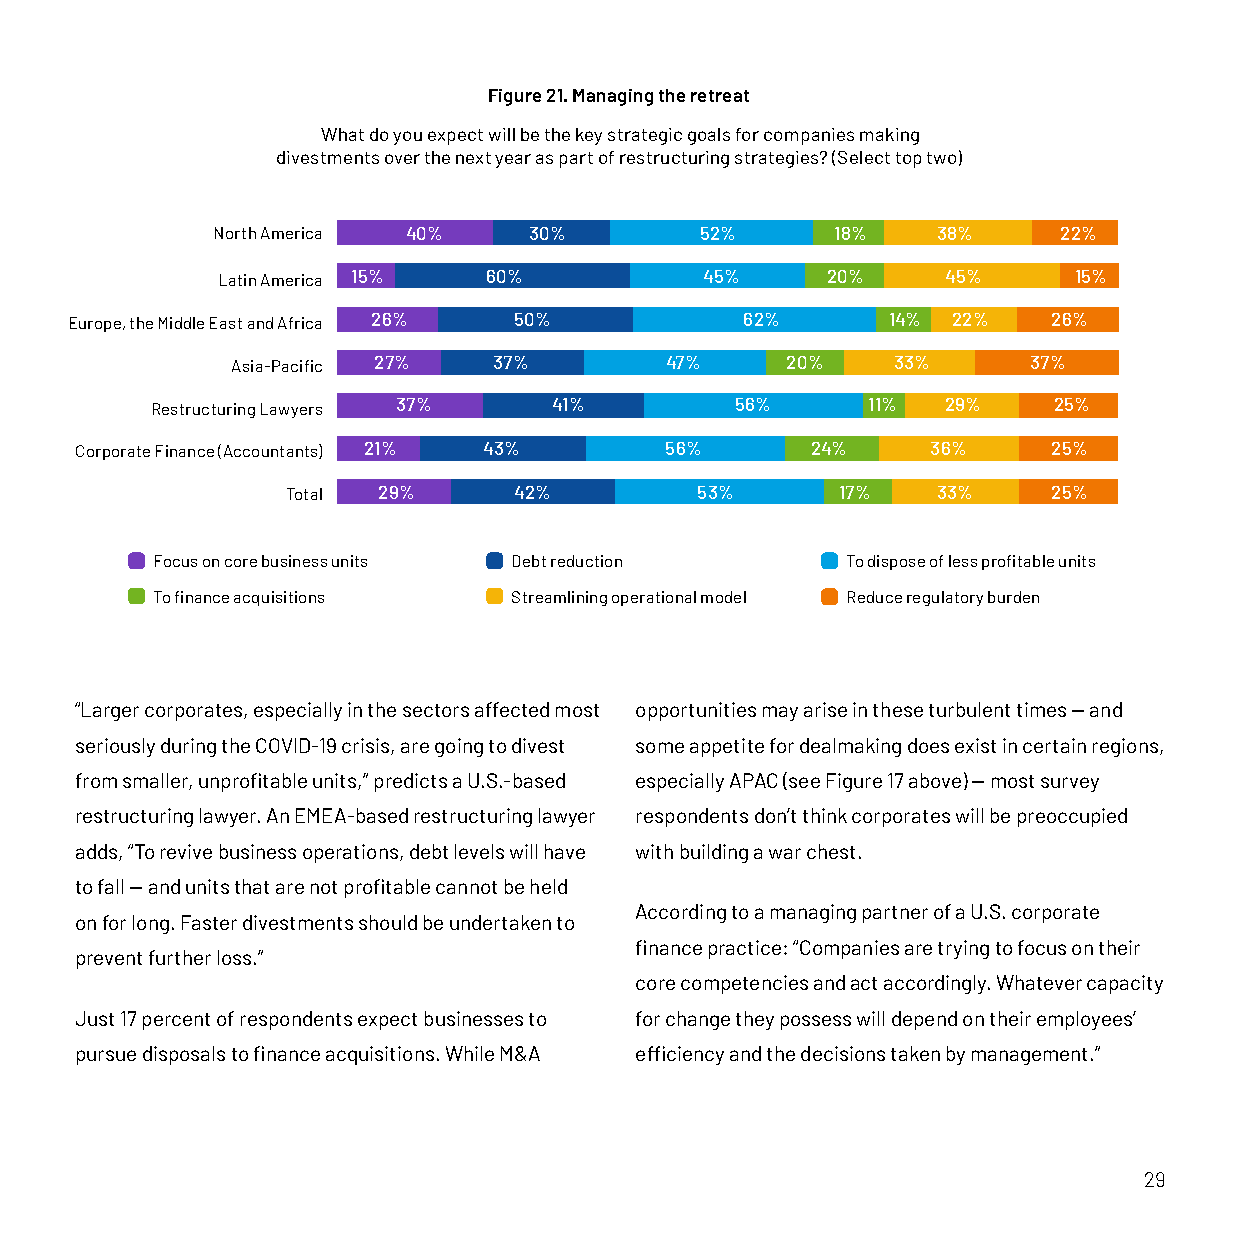
Figure 21. Managing the retreat
 What do you expect will be the key strategic goals for companies making
 divestments over the next year as part of restructuring strategies? (Select top two)
 North America 40%    30%        52%      18%    38%     22%
 Latin America 15% 60%            45%     20%     45%     15%
 Europe, the Middle East and Africa 26% 50%   62%       14% 22%    26%
 Asia-Pacific 27%  37%        47%     20%    33%      37%
 Restructuring Lawyers 37%  41%         56%     11%   29%    25%
 Corporate Finance (Accountants) 21% 43% 56%      24%     36%     25%
 Total 29%      42%         53%      17%    33%     25%
 Focus on core business units Debt reduction   To dispose of less profitable units
 To finance acquisitions Streamlining operational model Reduce regulatory burden
 “Larger corporates, especially in the sectors affected most opportunities may arise in these turbulent times — and
 seriously during the COVID-19 crisis, are going to divest some appetite for dealmaking does exist in certain regions,
 from smaller, unprofitable units,” predicts a U.S.-based especially APAC (see Figure 17 above) — most survey
 restructuring lawyer. An EMEA-based restructuring lawyer respondents don’t think corporates will be preoccupied
 adds, “To revive business operations, debt levels will have with building a war chest.
 to fall — and units that are not profitable cannot be held
 According to a managing partner of a U.S. corporate
 on for long. Faster divestments should be undertaken to
 finance practice: “Companies are trying to focus on their
 prevent further loss.”
 core competencies and act accordingly. Whatever capacity
 Just 17 percent of respondents expect businesses to for change they possess will depend on their employees’
 pursue disposals to finance acquisitions. While M&A efficiency and the decisions taken by management.”
 29